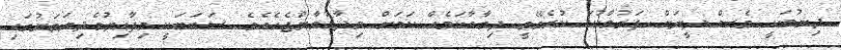
ދިނުމަކީ ވެސް ދީނަށް ފަރުވާކުޑަ ކުރެވޭތީ ދިމާވާކަމެއް ކަމަށް ވިދާޅުވާންޖެހެއެވެ. ސަބަބަކީ މިފާއިތުވެދިޔަތަނުގައި